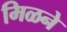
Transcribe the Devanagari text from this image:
मिळने